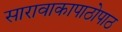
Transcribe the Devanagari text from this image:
सारावाकापाठोपाठ